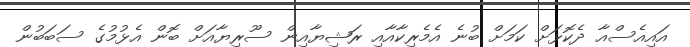
އައިއެސްއާ ދެކޮޅަށް ކަމަށް ބުނެ އެމެރިކާއާއި ރަޝިޔާއިން ސޫރިޔާއަށް ބޮން އެޅުމުގެ ސަބަބުން